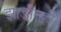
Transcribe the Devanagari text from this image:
झाडीतही